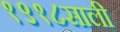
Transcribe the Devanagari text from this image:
१९१८साली